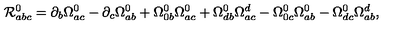
{ \cal R } _ { a b c } ^ { 0 } = \partial _ { b } \Omega _ { a c } ^ { 0 } - \partial _ { c } \Omega _ { a b } ^ { 0 } + \Omega _ { 0 b } ^ { 0 } \Omega _ { a c } ^ { 0 } + \Omega _ { d b } ^ { 0 } \Omega _ { a c } ^ { d } - \Omega _ { 0 c } ^ { 0 } \Omega _ { a b } ^ { 0 } - \Omega _ { d c } ^ { 0 } \Omega _ { a b } ^ { d } ,